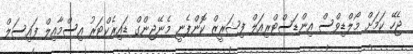
ޖެހޭ ކަމަށް މޯލްޑިވްސް އިންޑަސްޓްރިއަލް ފިޝަރީޒް ކޮންޕެނީ މެނޭޖިންގް ޑައިރެކްޓަރު އިސްމާއިލް ފައިސަލް